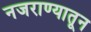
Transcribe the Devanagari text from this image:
नजराण्यातून